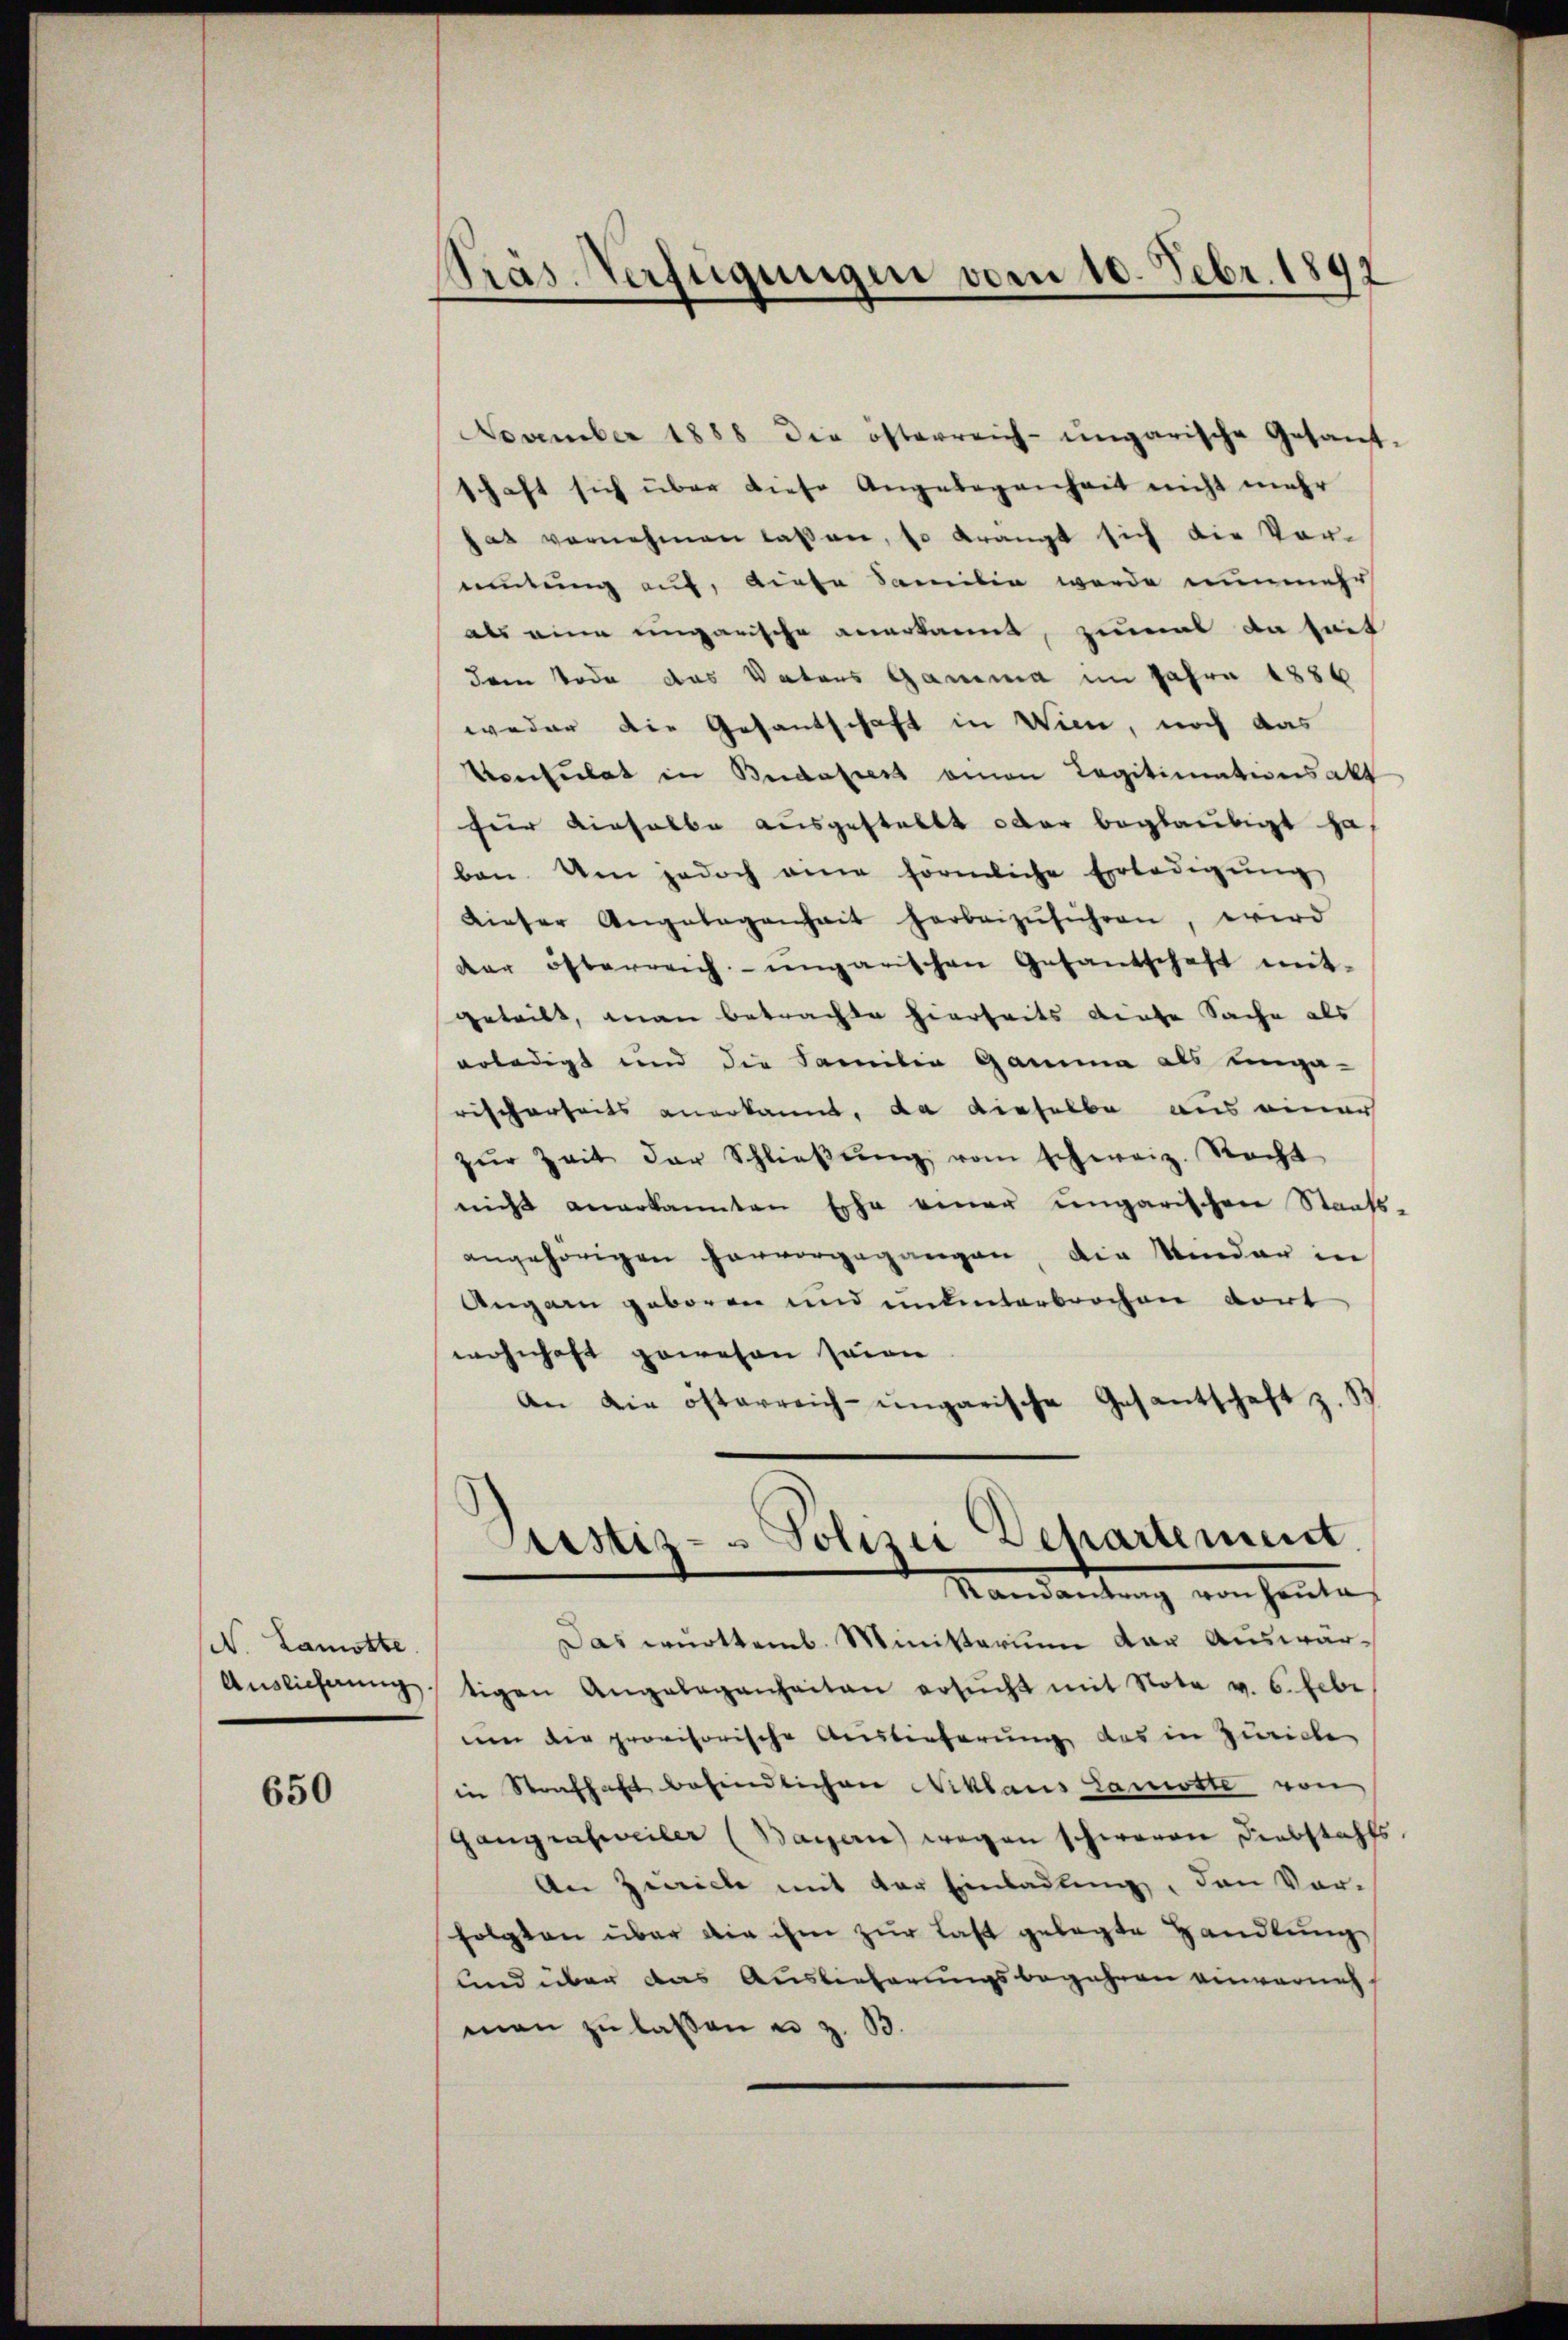
N. Lamotte

650

November 1888 die österreich-ungarische Gesandt-
schaft sich über diese Angelegenheit nicht mehr
hat vernehmen lassen, so krängt sich die Vor-
mutung auf, biete Samilie werde nunmehr
als eine eingarische anerkannt, zumal da seit
dem Tode das Vaters Gamma im Jahre 1886
weder die Gesandschaft in Wien, noch das
Vonsulat in Budapest einen Legitimationsakt
für dieselbe ausgestellt oder beglaubigt ha
ben. Um jedoch ane förmliche Erledigŭng
Dieser Angelegenheit herbeizŭführen, wird
der österreich-ungarischen Gesandschaft mit-
geteilt, man betrachte hierheits diese Sache als
erledigt und die Familie Gamia als unga-
rischerseits anerkannt, da dieselbe aus einer
zŭr Zeit der Schlieβŭng vom schweiz. Recht
nicht anerkannten Ehe einer ungarischen Staats-
angehörigen hervorgegangen die Minder in
Angarn geboren und ununterbrochen dort
wohnhaft gewesen seien
An die österreich-ungarische Gesantschaft z. B

Präs. Verfügungen vom 10. Febr. 1891

Das württemb. Ministerium der Auswär¬
Auslieferŭng tigen Angelegenheiten ersŭcht mit Note v. 6. Febr
um die provisorische Auslieferung des in Zürich
in Strafhaft befindlichen Niklaus Lamotte von
Gangrasweiler (Bayern) wegen schweren Diebstahls,
An Zürich mit der Einladung, den Vor-
folgten über die ihm zur Last gelegte Handlung
und über das Auslieferungsbegehren einvernehman zu lassen u. z. B.

Justiz- & Polizei Behartement
Randantrag von heute,